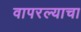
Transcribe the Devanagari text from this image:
वापरल्याचा